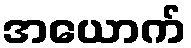
အယောက်